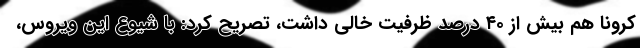
کرونا هم بیش از ۴۰ درصد ظرفیت خالی داشت، تصریح کرد: با شیوع این ویروس،